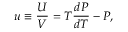
u \equiv \frac { U } { V } = T \frac { d { \cal P } } { d T } - { \cal P } ,